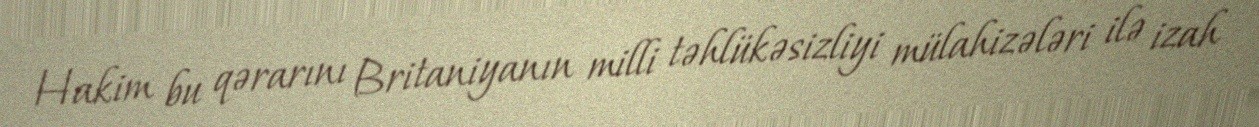
Hakim bu qərarını Britaniyanın milli təhlükəsizliyi mülahizələri ilə izah